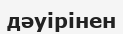
дәуірінен